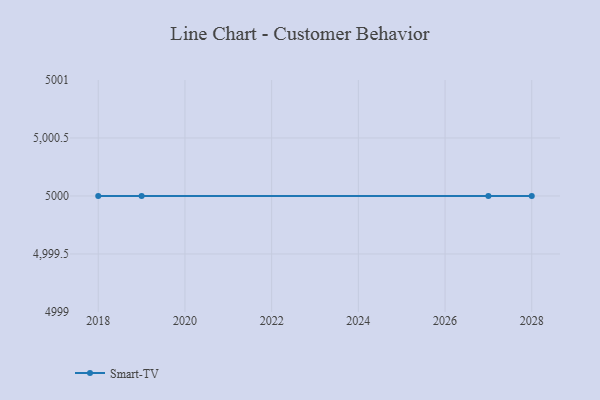
{"axis": {"x": "Year", "y": "Shipments"}, "legend": ["Smart-TV"], "data": [{"x": "2018", "y": 5000, "type": "Smart-TV"}, {"x": "2019", "y": 5000, "type": "Smart-TV"}, {"x": "2028", "y": 5000, "type": "Smart-TV"}, {"x": "2027", "y": 5000, "type": "Smart-TV"}]}